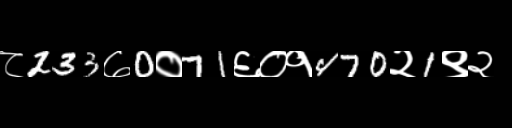
Text: ८233७0०71६०१470२1९२